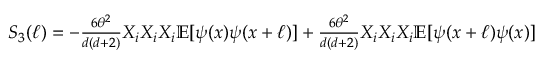
\begin{array} { r } { S _ { 3 } ( \ell ) = - \frac { 6 \theta ^ { 2 } } { d ( d + 2 ) } X _ { i } X _ { i } X _ { i } \mathbb { E } [ \psi ( x ) \psi ( x + \ell ) ] + \frac { 6 \theta ^ { 2 } } { d ( d + 2 ) } X _ { i } X _ { i } X _ { i } \mathbb { E } [ \psi ( x + \ell ) \psi ( x ) ] } \end{array}